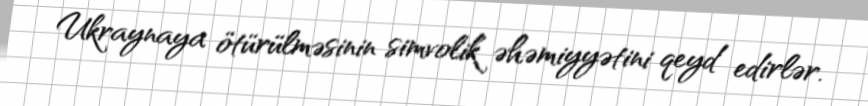
Ukraynaya ötürülməsinin simvolik əhəmiyyətini qeyd edirlər.